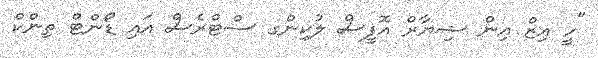
"ހީ އިޒް އިން ޝިޔާރް އޮފީސް ލުކިންގ ސްޓްރެސް އައި ޑޯންޓް ތިންކް